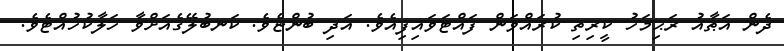
ދެން އަޠާއު ރަޙިމަހު ކީރިތި ކުރައްވަން ފައްޓަވައިފިއެވެ. އަދި ބުންޏެވެ. ކަނބުލޭގެއަށްވާ ހަލާކުހުއްޓެވެ.